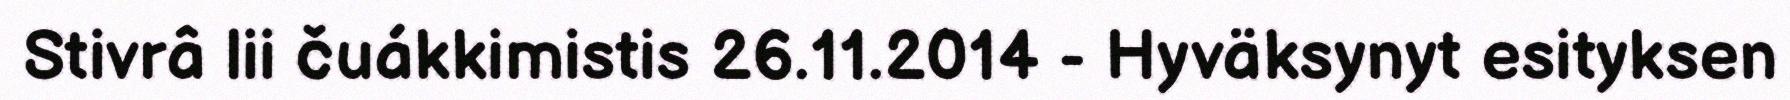
Stivrâ lii čuákkimistis 26.11.2014 - Hyväksynyt esityksen